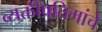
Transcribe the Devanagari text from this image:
व्यक्तीप्रतिमांचे